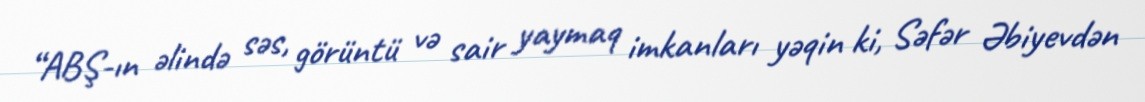
“ABŞ-ın əlində səs, görüntü və sair yaymaq imkanları yəqin ki, Səfər Əbiyevdən